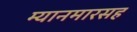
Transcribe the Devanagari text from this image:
म्यानमारसह